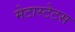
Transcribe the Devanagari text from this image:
मेटास्टेटस